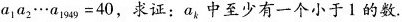
a1a2…a1949=40，求证：ak中至少有一个小于1的数